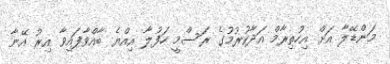
މަންޑޭލާ އަށް އިހުތިރާމް އަދާކުރުމުގެ ރަސްމީ ހަފުލާ އިއްޔެ ބާއްވާފައިވާ އިރު އޭނާ